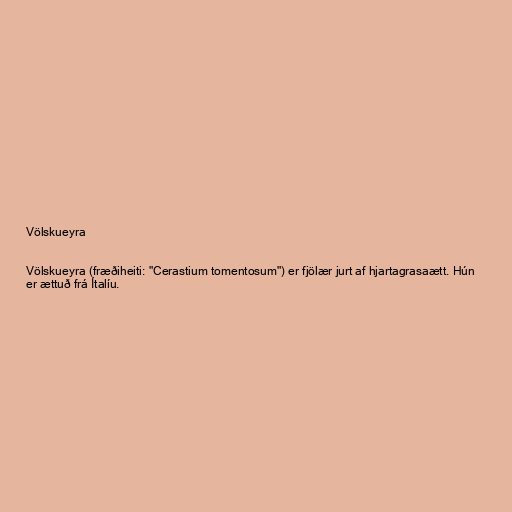
Völskueyra

Völskueyra (fræðiheiti: "Cerastium tomentosum") er fjölær jurt af hjartagrasaætt. Hún
er ættuð frá Ítalíu.